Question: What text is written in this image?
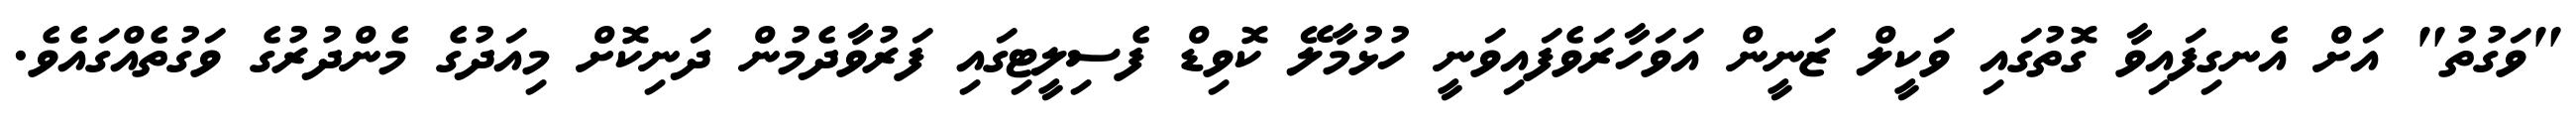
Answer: "ވަގުތު" އަށް އެނގިފައިވާ ގޮތުގައި ވަކީލް ޒަނީން އަވަހާރަވެފައިވަނީ ހުޅުމާލޭ ކޮވިޑް ފެސިލީޓިގައި ފަރުވާދެމުން ދަނިކޮށް މިއަދުގެ މެންދުރުގެ ވަގުތެއްގައެވެ.